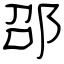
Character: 邵